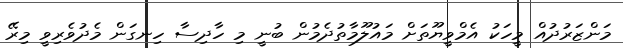
މަންޒަރުދުއް މީހަކު އެމްވީޔޫތަށް މައުލޫމާތުދެމުން ބުނީ މި ހާދިސާ ހިނގަން މެދުވެރިވީ މިރޭ